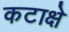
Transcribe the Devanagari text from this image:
कटाक्षे